Annual statistical returns and brief notes on vaccination in Bengal - 1896-1909
Year: 1896
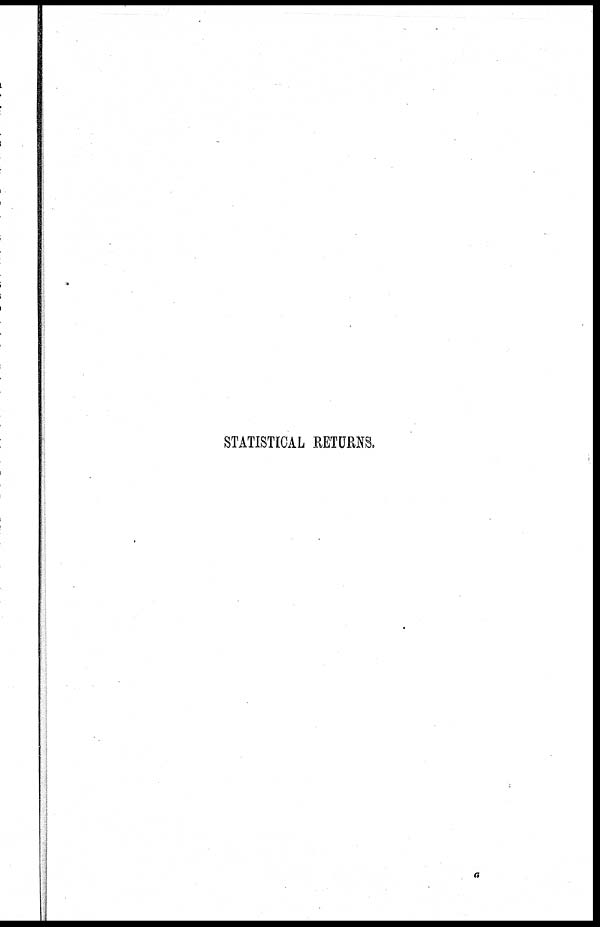
STATISTICAL RETURNS.
a